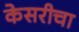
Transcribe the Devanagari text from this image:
केसरीचा